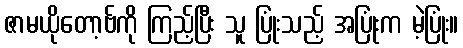
ဇာမယိုတော့ဗ်ကို ကြည့်ပြီး သူ ပြုံးသည့် အပြုံးက မဲ့ပြုံး။